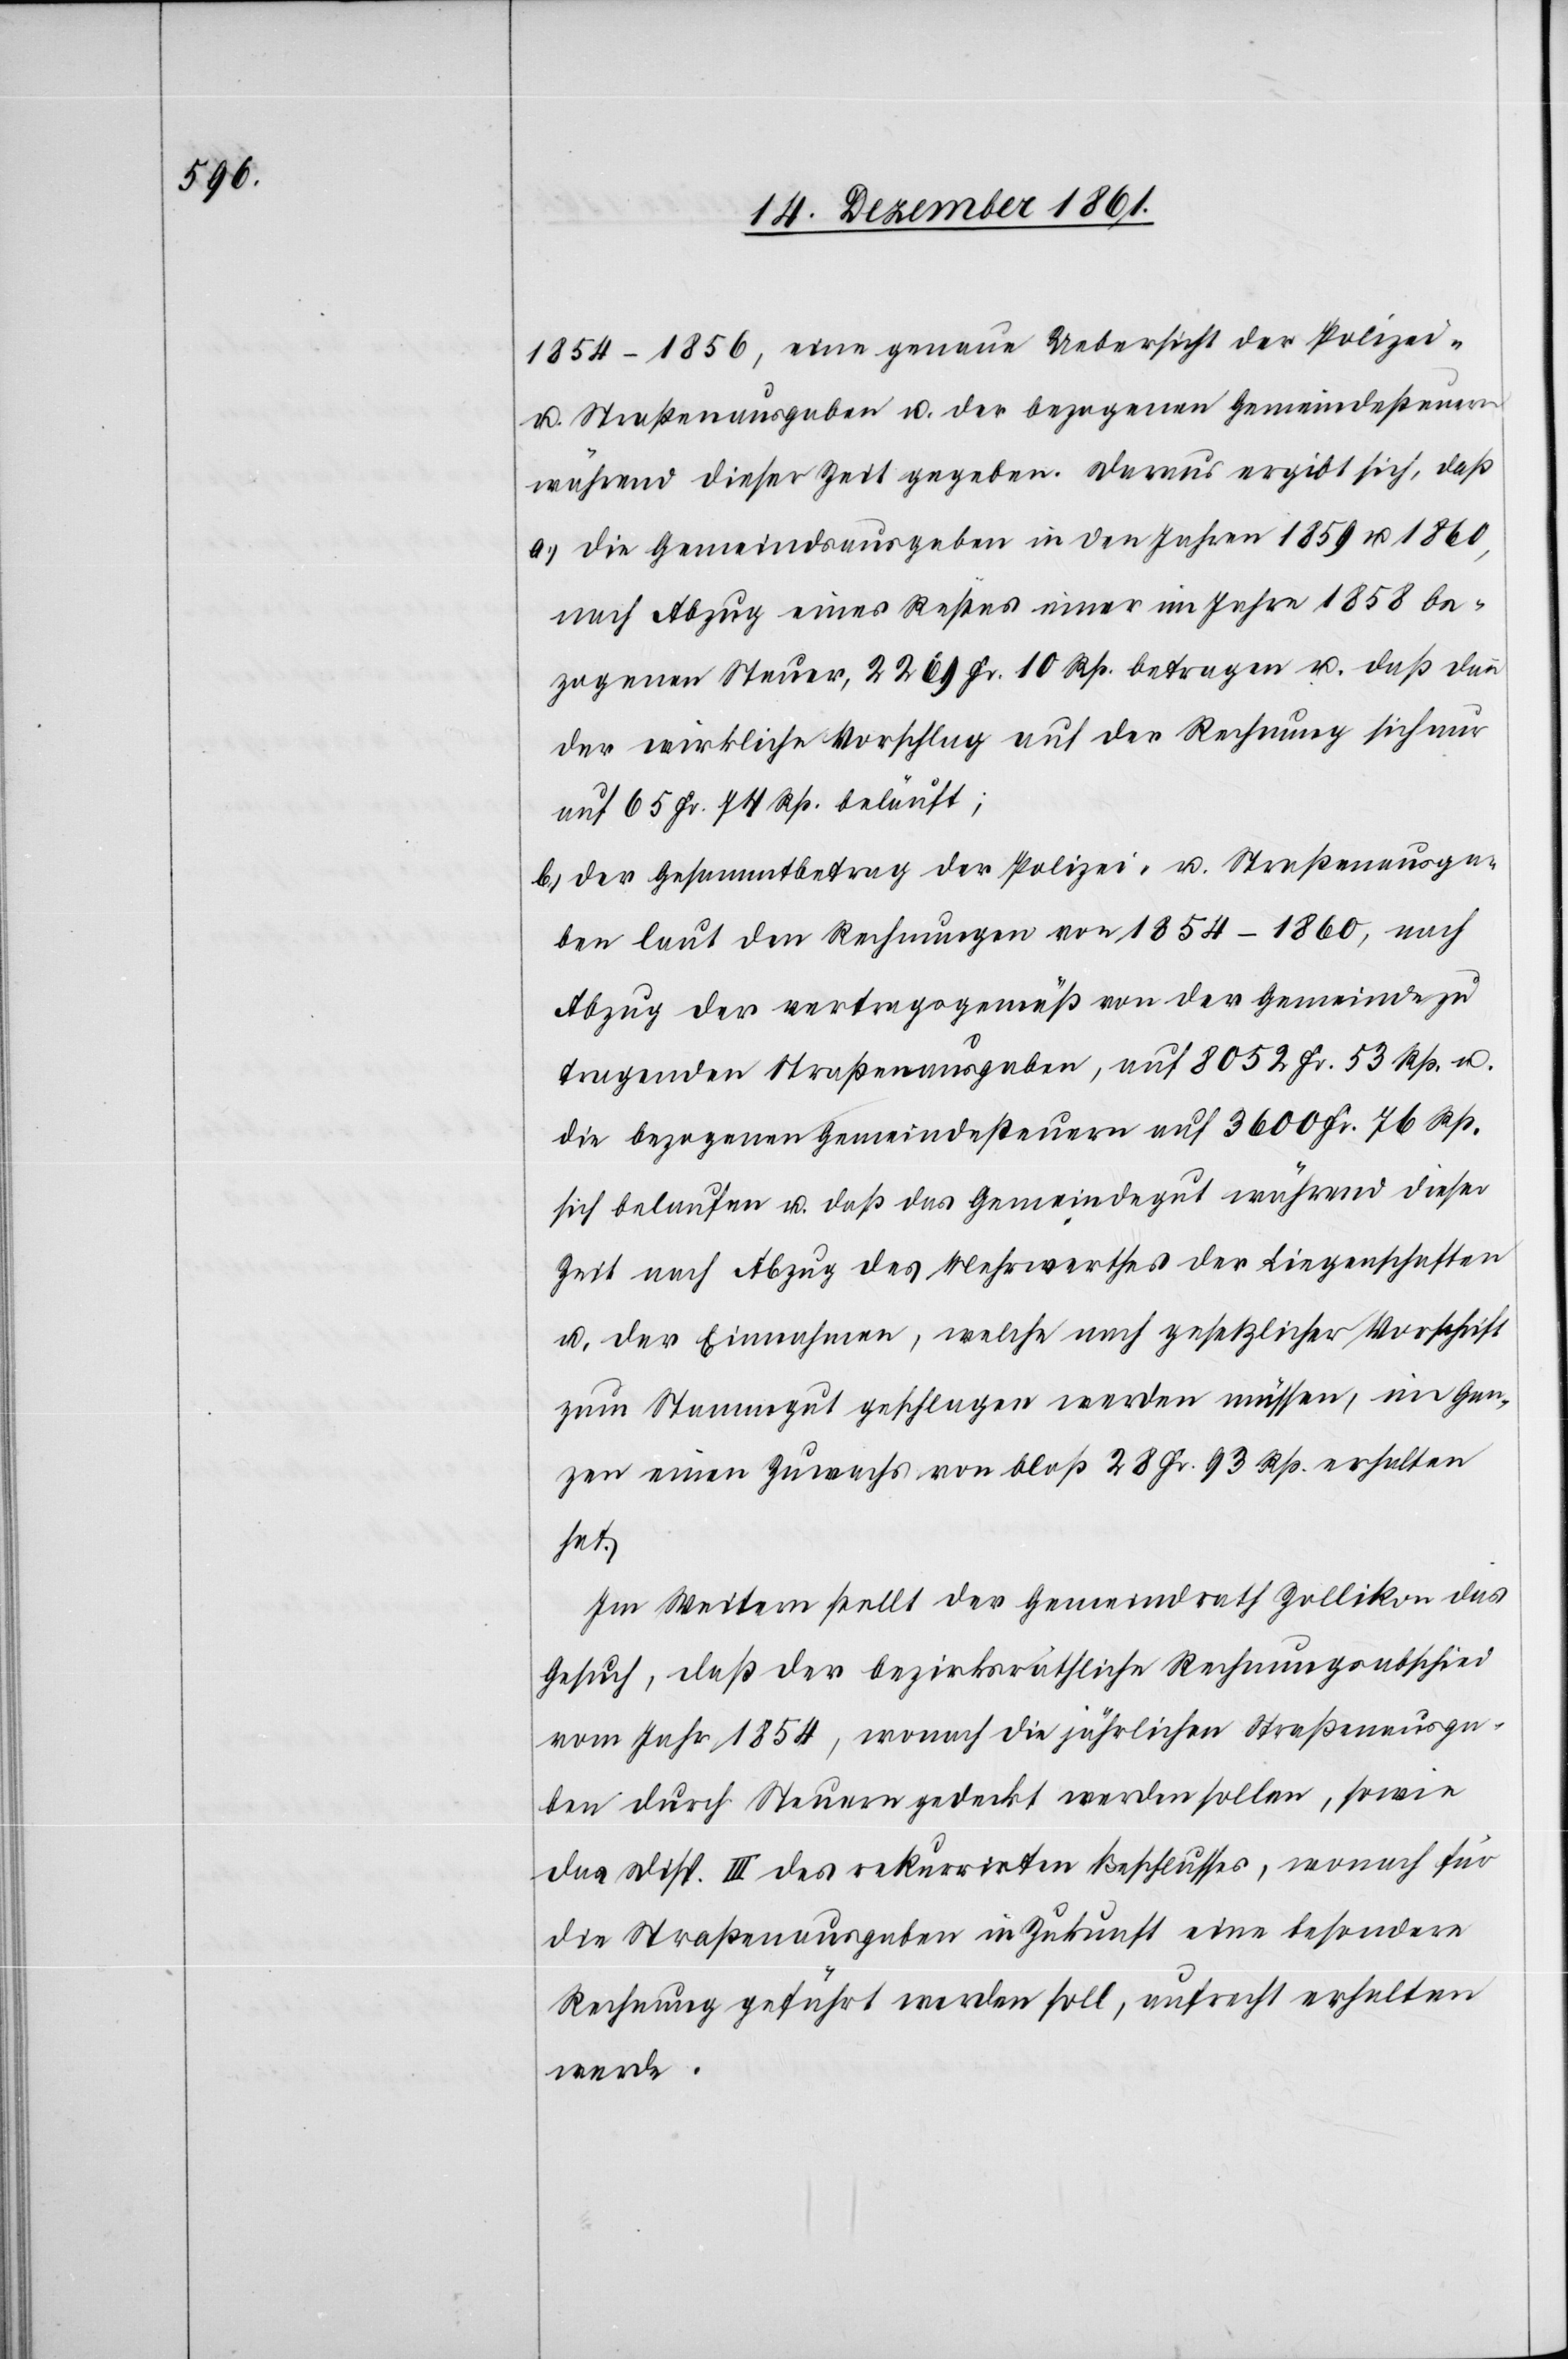
1854–1856, eine genaue Uebersicht der Polizei-
u. Straßenausgaben u. der bezogenen Gemeindesteuern
während dieser Zeit gegeben. Daraus ergibt sich, daß
a.) die Gemeindsausgaben in den Jahren 1859 u. 1860,
nach Abzug eines Restes einer im Jahre 1858 be¬
zogenen Steuer, 2269 Fr. 10 Rp. betragen u. daß dann
der wirkliche Vorschlag auf der Rechnung sich nur
auf 65 Fr. 77 Rp. beläuft;
b.) der Gesammtbetrag der Polizei- u. Straßenausga¬
ben laut den Rechnungen von 1854–1860, nach
Abzug der vertragsgemäß von der Gemeinde zu
tragenden Straßenausgaben, auf 8052 Fr. 53 Rp. u.
die bezogenen Gemeindesteuern auf 3600 Fr. 76 Rp.
sich belaufen u. daß das Gemeindgut während dieser
Zeit nach Abzug des Mehrwerthes der Liegenschaften
u. der Einnahmen, welche nach gesetzlicher Vorschrift
zum Stammgut geschlagen werden müssen, im Gan¬
zen einen Zuwachs von bloß 28 Fr. 93 Rp. erhalten
hat.
Im Weitern stellt der Gemeindrath Zollikon das
Gesuch, daß der bezirksräthliche Rechnungsunterschied
vom Jahr 1854, wonach die jährlichen Straßenausga¬
ben durch Steuern gedeckt werden sollen, sowie
das Disp. III des rekurrirten Beschlusses, wonach für
die Straßenausgaben in Zukunft eine besondere
Rechnung geführt werden soll, aufrecht erhalten
werde.